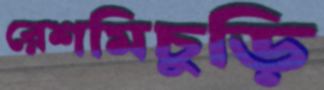
রেশমিচুড়ি